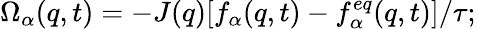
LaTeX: \Omega_{\alpha}({q},t)=-J({q})[f_{\alpha}({q},t)-f_{\alpha}^{eq}({q},t)]/\tau;\; \;